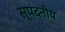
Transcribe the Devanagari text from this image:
स्पंदनीय